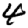
Digit: 4